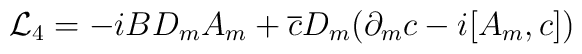
{\cal L}_4 = -iB D_m A_m+ \overline c D_m (\partial_m c -i[A_m,c])